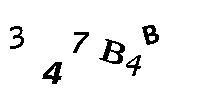
347B4B